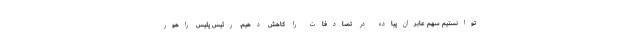
توانستیم سهم عابران‌پیاده در تصادفات را کاهش دهیم. رئیس پلیس راهور